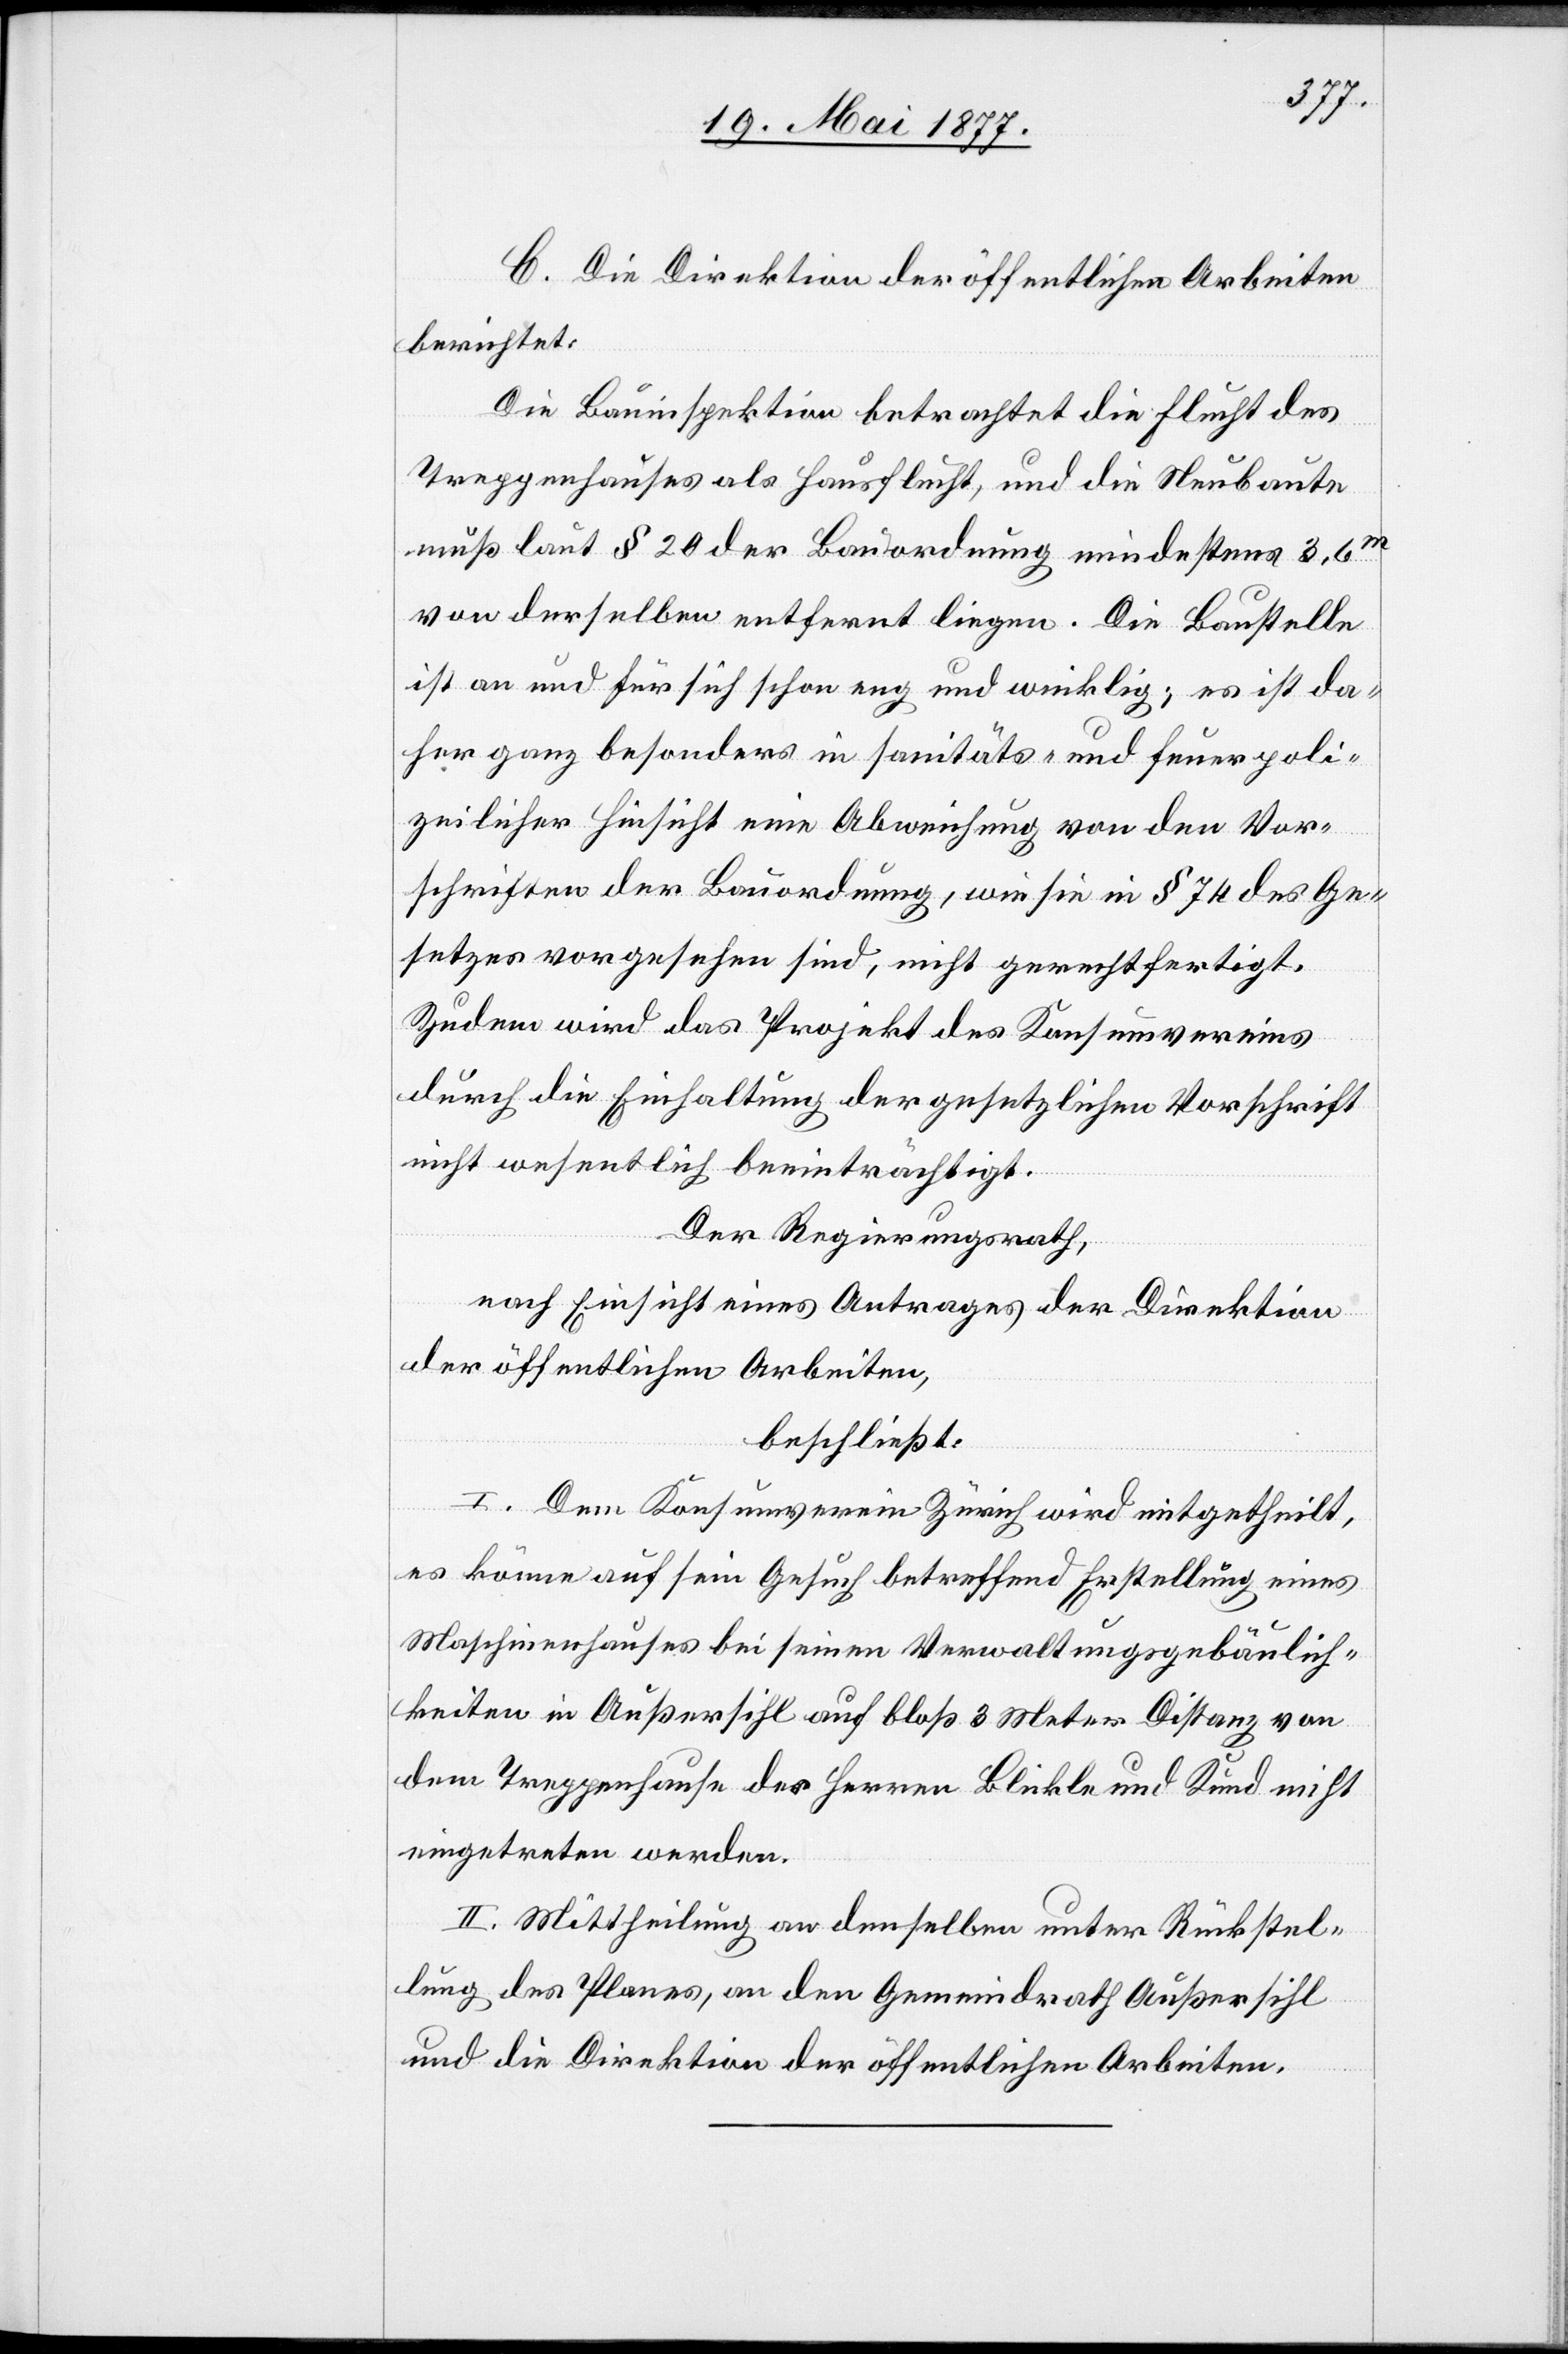
C. Die Direktion der öffentlichen Arbeiten
berichtet:
Die Bauinspektion betrachtet die Flucht des
Treppenhauses als Hausflucht, und die Neubaute
muß laut § 20 der Bauordnung mindestens 3,6m
von derselben entfernt liegen. Die Baustelle
ist an und für sich schon eng und winklig; es ist da¬
her ganz besonders in sanitäts- und feuerpoli¬
zeilicher Hinsicht eine Abweichung von den Vor¬
schriften der Bauordnung, wie sie in § 74 des Ge¬
setzes vorgesehen sind, nicht gerechtfertigt.
Zudem wird das Projekt des Konsumvereins
durch die Einhaltung der gesetzlichen Vorschrift
nicht wesentlich beeinträchtigt.
Der Regierungsrath,
nach Einsicht eines Antrages der Direktion
der öffentlichen Arbeiten,
beschließt:
I. Dem Konsumverein Zürich wird mitgetheilt.
es könne auf sein Gesuch betreffend Erstellung eines
Maschinenhauses bei seinen Verwaltungsgebäulich¬
keiten in Außersihl auf bloß 3 Meter Distanz von
dem Treppenhause der Herren Blickle und Kund nicht
eingetreten werden.
II. Mittheilung an denselben unter Rückstel¬
lung des Planes, an den Gemeindrath Außersihl
und die Direktion der öffentlichen Arbeiten.